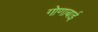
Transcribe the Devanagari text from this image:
गोणाबाई